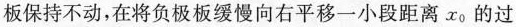
板保持不动，在将负极板缓慢向右平移一小段距离x_{0}的过